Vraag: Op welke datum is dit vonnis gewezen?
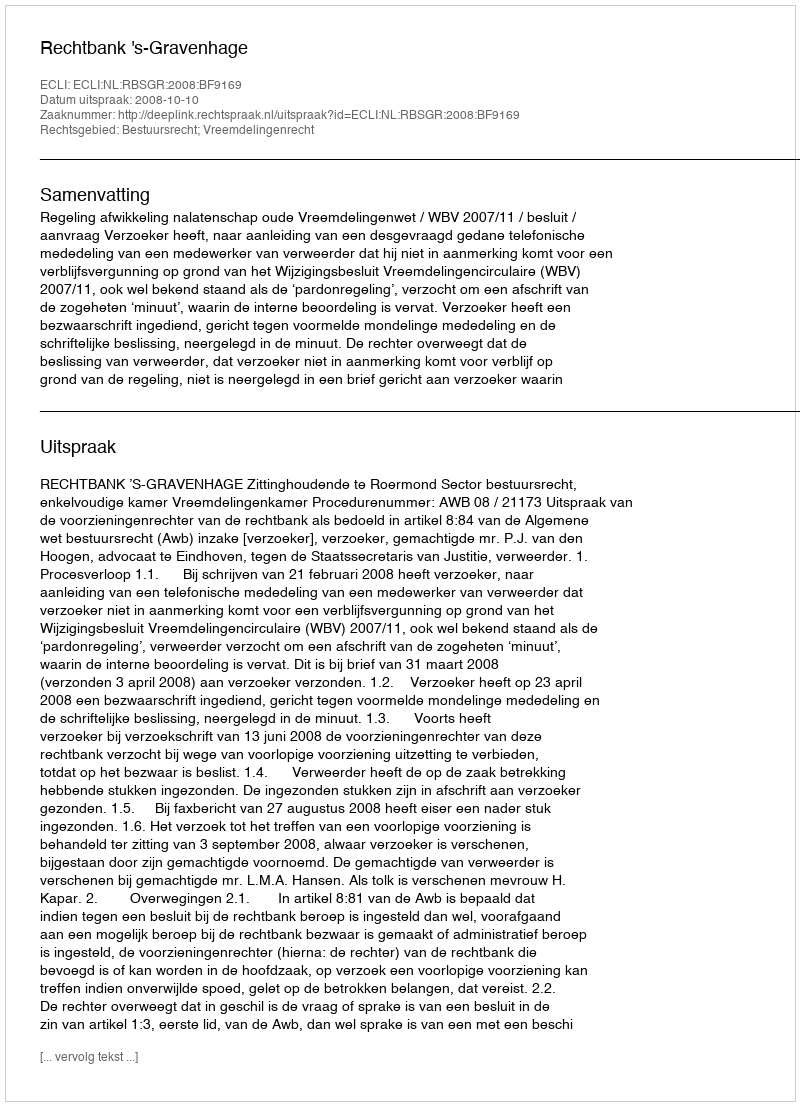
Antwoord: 2008-10-10